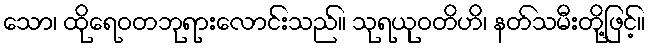
သော၊ ထိုရေဝတဘုရားလောင်းသည်။ သုရယုဝတိဟိ၊ နတ်သမီးတို့ဖြင့်။